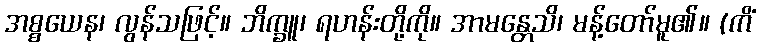
အစ္စယေန၊ လွန်သဖြင့်။ ဘိက္ခူ၊ ရဟန်းတို့ကို။ အာမန္တေသိ၊ မန့်တော်မူ၏။ (ကိံ